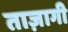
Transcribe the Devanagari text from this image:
ताज़ागी